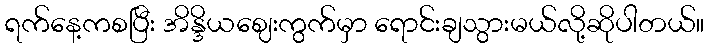
ရက်နေ့ကစပြီး အိန္ဒိယဈေးကွက်မှာ ရောင်းချသွားမယ်လို့ဆိုပါတယ်။